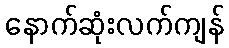
နောက်ဆုံးလက်ကျန်